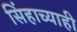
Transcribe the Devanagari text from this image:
सिंहाच्याही